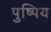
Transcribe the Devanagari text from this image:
पुष्पिय